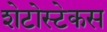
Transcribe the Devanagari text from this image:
शेटोस्टेकस